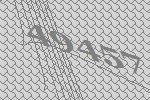
49457